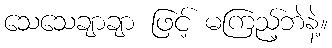
သေသေချာချာ ဖြင့် မကြည့်ဘဲနဲ့။